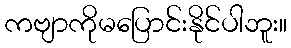
ကဗျာကိုမပြောင်းနိုင်ပါဘူး။